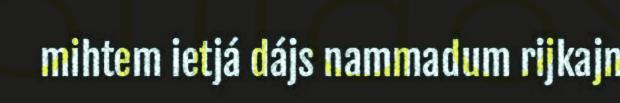
mihtem ietjá dájs nammadum rijkajn